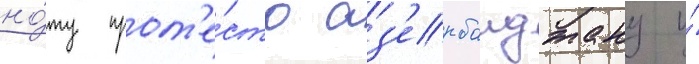
но́ту прот'е́ста аз'ербаиджану и́